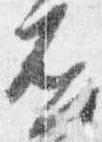
否